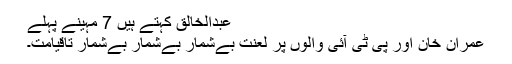
عبدالخالق کہتے ہیں 7 مہینے پہلے
عمران خان اور پی ٹی آئی والوں پر لعنت بےشمار بےشمار بےشمار تاقیامت۔